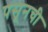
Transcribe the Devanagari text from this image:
पसूनची